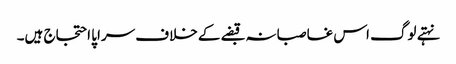
نہتے لوگ اس غاصبانہ قبضے کے خلاف سراپا احتجاج ہیں۔